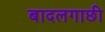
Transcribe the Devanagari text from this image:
बादलगाछी